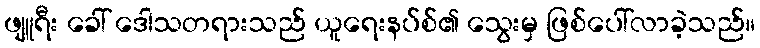
ဖျူရီး ခေါ် ဒေါသတရားသည် ယူရေးနပ်စ်၏ သွေးမှ ဖြစ်ပေါ်လာခဲ့သည်။